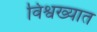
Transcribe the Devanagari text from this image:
विश्वख्यात